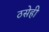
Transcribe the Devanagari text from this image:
ठसेही